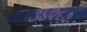
૩૪૨૬૭